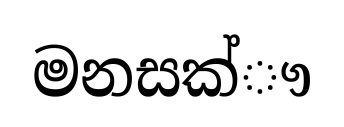
මනසක්ෟ